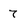
Character: 7